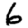
Digit: 6